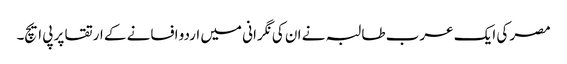
مصر کی ایک عرب طالبہ نے ان کی نگرانی میں اردو افسانے کے ارتقا پر پی ایچ۔